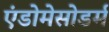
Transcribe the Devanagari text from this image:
एंडोमेसोडर्म